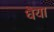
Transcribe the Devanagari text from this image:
धैया